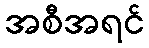
အစီအရင်